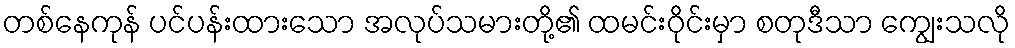
တစ်နေကုန် ပင်ပန်းထားသော အလုပ်သမားတို့၏ ထမင်းဝိုင်းမှာ စတုဒီသာ ကျွေးသလို